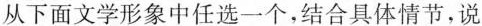
从下面文学形象中任选一个，结合具体情节，说